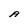
Character: A